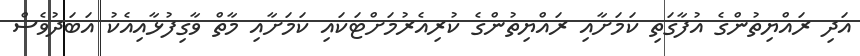
އަދި ރައްޔިތުންގެ އުފާގަތި ކަމަށާއި ރައްޔިތުންގެ ކުރިއެރުމަށްޓަކައި ކަމަށާއި މާތް ވާގިފުޅާއިއެކު އަބަދުވެސް